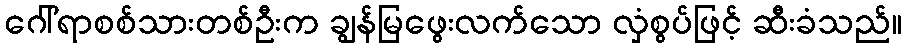
ဂေါ်ရာစစ်သားတစ်ဦးက ချွန်မြဖွေးလက်သော လှံစွပ်ဖြင့် ဆီးခံသည်။